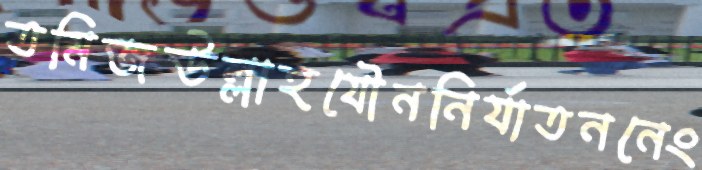
তমিজউল্লাহযৌননির্যাতননেং